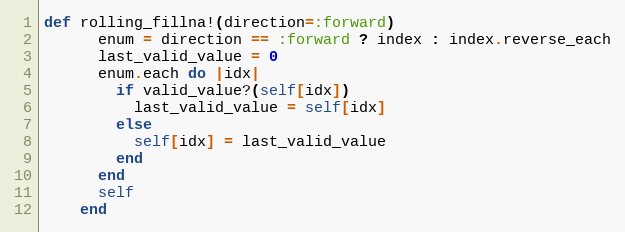
Language: Ruby
def rolling_fillna!(direction=:forward)
      enum = direction == :forward ? index : index.reverse_each
      last_valid_value = 0
      enum.each do |idx|
        if valid_value?(self[idx])
          last_valid_value = self[idx]
        else
          self[idx] = last_valid_value
        end
      end
      self
    end